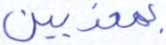
بمعذبين